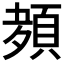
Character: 𮨊